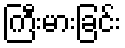
ကြီးမားခြင်း